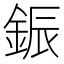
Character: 鋠